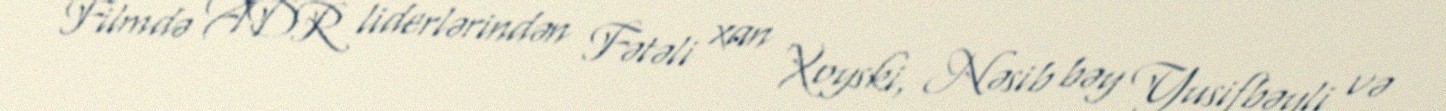
Filmdə ADR liderlərindən Fətəli xan Xoyski, Nəsib bəy Yusifbəyli və